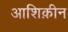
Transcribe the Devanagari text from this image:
आशिक़ीन